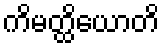
ကိမတ္ထိယောတိ